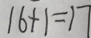
1 6 + 1 = 1 7